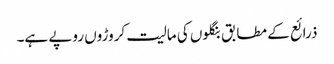
ذرائع کے مطابق بنگلوں کی مالیت کروڑوں روپے ہے۔